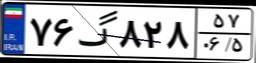
۷۶گ۸۲۸۵۷